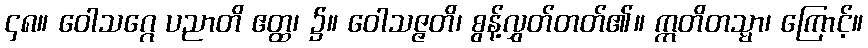
၄၈။ ဝေါသဂ္ဂေ ပညာတိ ဧတ္ထ၊ ၌။ ဝေါသဇ္ဇတိ၊ စွန့်လွှတ်တတ်၏။ ဣတိတသ္မာ၊ ကြောင့်။